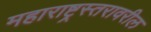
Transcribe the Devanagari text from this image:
महाराष्ट्रस्तरावरील